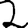
Digit: 2